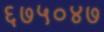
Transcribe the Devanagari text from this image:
६७५०४७